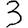
Digit: 3